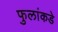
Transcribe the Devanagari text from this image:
फुलांकडे